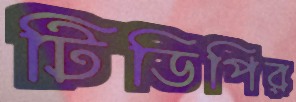
টিডিপির